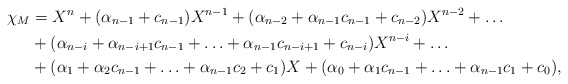
\begin{align*}\chi_M&=X^n+(\alpha_{n-1}+c_{n-1})X^{n-1}+(\alpha_{n-2}+\alpha_{n-1}c_{n-1}+c_{n-2})X^{n-2}+\ldots \\&+(\alpha_{n-i}+\alpha_{n-i+1}c_{n-1}+\ldots+\alpha_{n-1}c_{n-i+1}+c_{n-i})X^{n-i}+\ldots\\&+(\alpha_1+\alpha_2c_{n-1}+\ldots+\alpha_{n-1}c_2+c_1)X+(\alpha_0+\alpha_1c_{n-1}+\ldots+\alpha_{n-1}c_1+c_0),\end{align*}